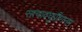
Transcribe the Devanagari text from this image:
सत्यावघुप्रीणनम्